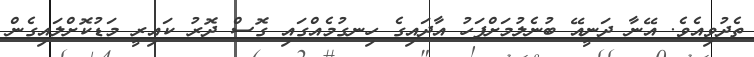
ތެދުވިއެވެ. އޭނާ ދަނީއޭ ބުނެލުމަށްފަހު އާދައިގެ ހިނގުމެއްގައި ގޮސް ދޮރު ކައިރީ މަޑުކޮށްލައިގެން